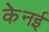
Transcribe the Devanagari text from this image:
केनई